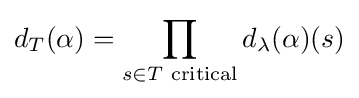
d_{T}(\alpha )=\prod _{s\in T{\text{ critical}}}d_{\lambda }(\alpha )(s)